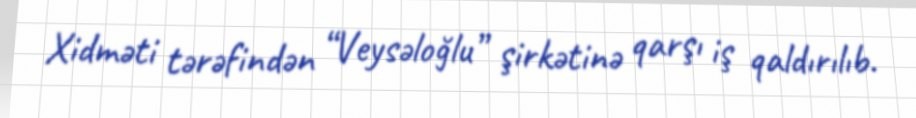
Xidməti tərəfindən “Veysəloğlu” şirkətinə qarşı iş qaldırılıb.